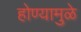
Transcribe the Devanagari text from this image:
होण्यामुळे